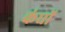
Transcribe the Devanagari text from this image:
कंघों